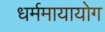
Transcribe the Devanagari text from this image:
धर्ममायायोग